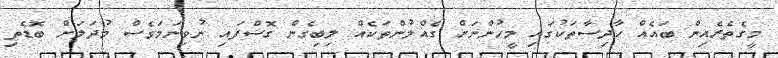
މީގެތެރެއިން ބައެއް ޙާދިސާތަކުގައި މީހުންނަށް ގެއްލުންތަކެއް ލިބިގެން ގޮސްފައި ނުވިނަމަވެސް މުދަލަށް ބޮޑެތި